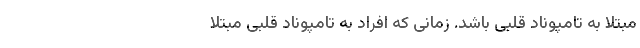
مبتلا به تامپوناد قلبی باشد. زمانی که افراد به تامپوناد قلبی مبتلا